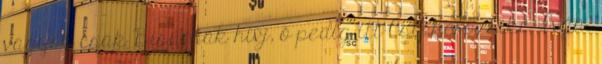
vagyok csak Bisurnak hívj, ő pedig itt Csipkerózsika Iván.